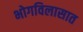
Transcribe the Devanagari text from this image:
भोगविलासात